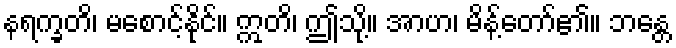
နရက္ခတိ၊ မစောင့်နိုင်။ ဣတိ၊ ဤသို့။ အာဟ၊ မိန့်တော်၏။ ဘန္တေ